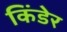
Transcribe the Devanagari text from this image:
किंडेर